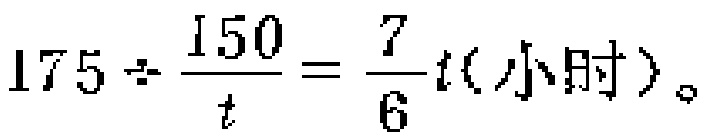
\(175\div\frac{150}{t}=\frac{7}{6}t(\text{小时})\)